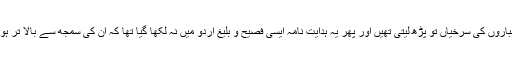
اخباروں کی سرخیاں تو پڑھ لیتی تھیں اور پھر یہ ہدایت نامہ ایسی فصیح و بلیغ اردو میں نہ لکھا گیا تھا کہ ان کی سمجھ سے بالا تر ہوتا۔